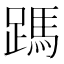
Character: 𮜃